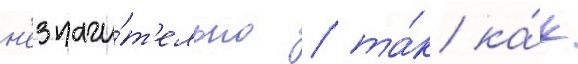
н'езначи́т'ельно / та́к ка́к